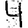
Digit: 4